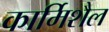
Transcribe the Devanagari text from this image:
कार्मिशैल